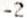
-2